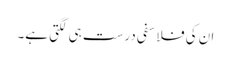
ان کی فلاسفی درست ہی لگتی ہے۔